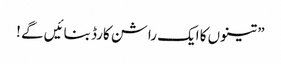
” تینوں کا ایک راشن کارڈ بنائیں گے !